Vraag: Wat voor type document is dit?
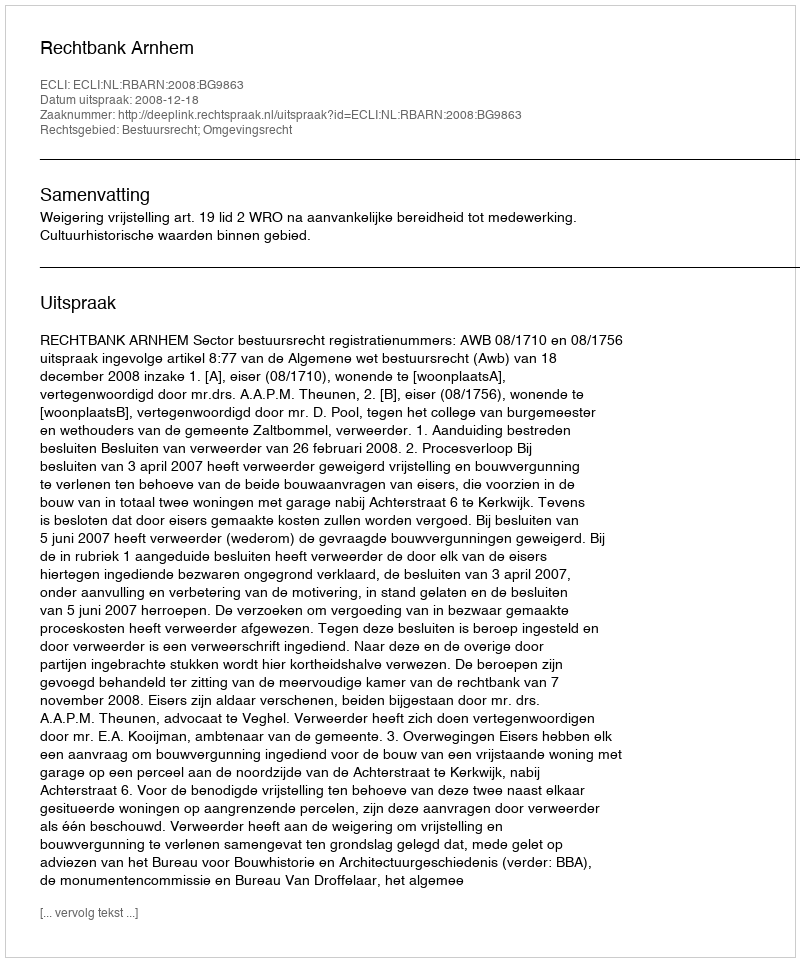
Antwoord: Uitspraak